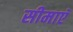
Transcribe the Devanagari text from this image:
सीमाएॅ